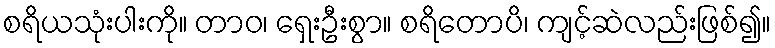
စရိယသုံးပါးကို။ တာဝ၊ ရှေးဦးစွာ။ စရိတောပိ၊ ကျင့်ဆဲလည်းဖြစ်၍။